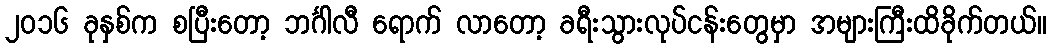
၂ဝ၁၆ ခုနှစ်က စပြီးတော့ ဘင်္ဂါလီ ရောက် လာတော့ ခရီးသွားလုပ်ငန်းတွေမှာ အများကြီးထိခိုက်တယ်။